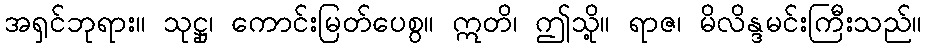
အရှင်ဘုရား။ သုဋ္ဌု၊ ကောင်းမြတ်ပေစွ။ ဣတိ၊ ဤသို့။ ရာဇ၊ မိလိန္ဒမင်းကြီးသည်။